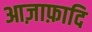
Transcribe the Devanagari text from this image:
आज़ाफ़ादि